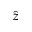
\hat { z }